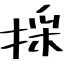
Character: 採